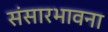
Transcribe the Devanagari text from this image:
संसारभावना